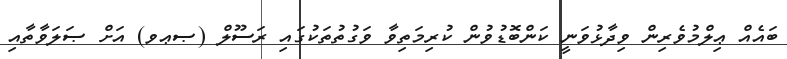
ބައެއް ޢިލްމުވެރިން ވިދާޅުވަނީ ކަންބޮޑުވުން ކުރިމަތިވާ ވަގުތުތަކުގައި ރަސޫލް (ޞޢވ) އަށް ޞަލަވާތާއި